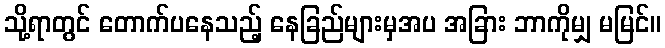
သို့ရာတွင် တောက်ပနေသည့် နေခြည်များမှအပ အခြား ဘာကိုမျှ မမြင်။